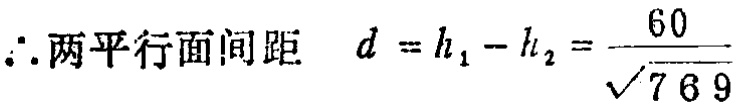
\(\therefore\)两平行面间距 \(d = h_{1}-h_{2}=\frac{60}{\sqrt{769}}\)